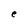
Character: e